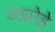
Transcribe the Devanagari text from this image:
अग्रोहे